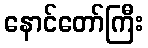
နောင်တော်ကြီး